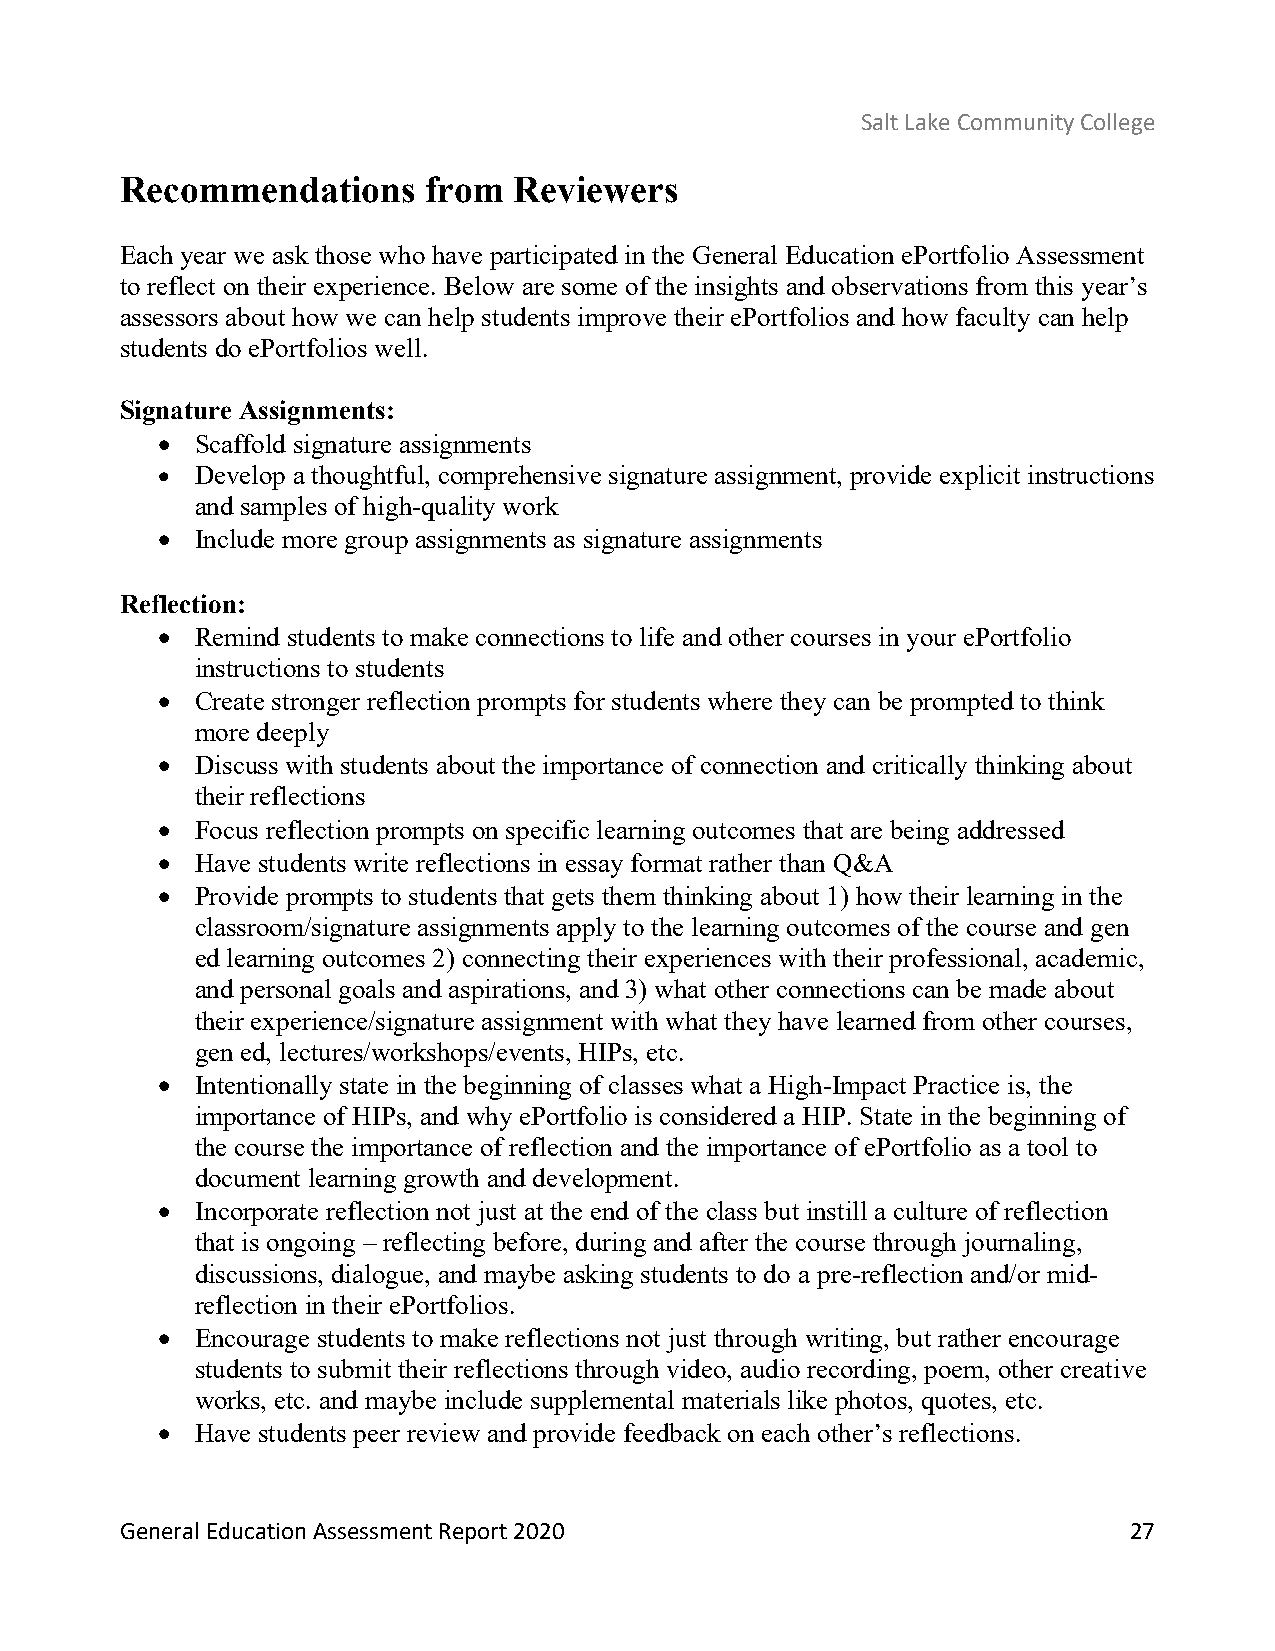
Salt Lake Community College
 Recommendations     from  Reviewers
 Each year we ask those who have participated in the General Education ePortfolio Assessment
 to reflect on their experience. Below are some of the insights and observations from this year’s
 assessors about how we can help students improve their ePortfolios and how faculty can help
 students do ePortfolios well.
 Signature Assignments:
 •  Scaffold signature assignments
 •  Develop a thoughtful, comprehensive signature assignment, provide explicit instructions
 and samples of high-quality work
 •  Include more group assignments as signature assignments
 Reflection:
 •  Remind students to make connections to life and other courses in your ePortfolio
 instructions to students
 •  Create stronger reflection prompts for students where they can be prompted to think
 more deeply
 •  Discuss with students about the importance of connection and critically thinking about
 their reflections
 •  Focus reflection prompts on specific learning outcomes that are being addressed
 •  Have students write reflections in essay format rather than Q&A
 •  Provide prompts to students that gets them thinking about 1) how their learning in the
 classroom/signature assignments apply to the learning outcomes of the course and gen
 ed learning outcomes 2) connecting their experiences with their professional, academic,
 and personal goals and aspirations, and 3) what other connections can be made about
 their experience/signature assignment with what they have learned from other courses,
 gen ed, lectures/workshops/events, HIPs, etc.
 •  Intentionally state in the beginning of classes what a High-Impact Practice is, the
 importance of HIPs, and why ePortfolio is considered a HIP. State in the beginning of
 the course the importance of reflection and the importance of ePortfolio as a tool to
 document learning growth and development.
 •  Incorporate reflection not just at the end of the class but instill a culture of reflection
 that is ongoing – reflecting before, during and after the course through journaling,
 discussions, dialogue, and maybe asking students to do a pre-reflection and/or mid-
 reflection in their ePortfolios.
 •  Encourage students to make reflections not just through writing, but rather encourage
 students to submit their reflections through video, audio recording, poem, other creative
 works, etc. and maybe include supplemental materials like photos, quotes, etc.
 •  Have students peer review and provide feedback on each other’s reflections.
 General Education Assessment Report 2020                           27